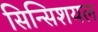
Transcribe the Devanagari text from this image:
सिन्सिशयल